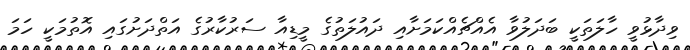
ވިދާޅުވީ ހާލަތަކީ ބަދަލުވާ އެއްޗެއްކަމަށާއި ދައުލަތުގެ މީޑިއާ ސަރުކާރުގެ އަތްދަށުގައި އޮތުމަކީ ހަމަ